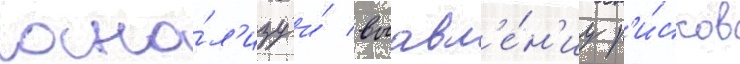
ана́л'изу и́ выавл'е́н'иу р'и́сков